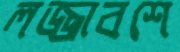
লজ্জাবশে